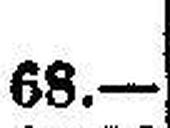
68.—